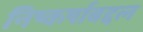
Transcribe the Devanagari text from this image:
निष्कर्षाबद्दल